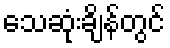
သေဆုံးချိန်တွင်